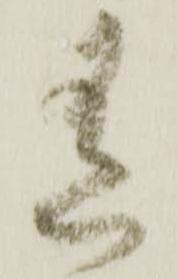
有